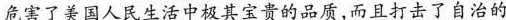
危害了美国人民生活中极其宝贵的品质，而且打击了自治的